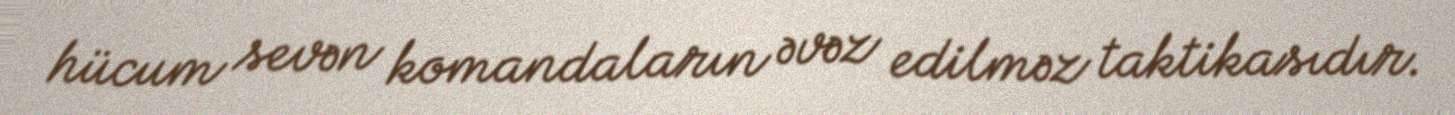
hücum sevən komandaların əvəz edilməz taktikasıdır.